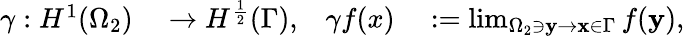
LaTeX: \begin{array}{rlrl}{\gamma:H^{1}(\Omega_{2})}&{{}\rightarrow H^{\frac{1}{2}}(\Gamma),}&{\gamma f(x)}&{{}:=\operatorname*{lim}_{\Omega_{2}\ni\mathbf{y}\rightarrow\mathbf{x}\in\Gamma}f(\mathbf{y}),}\end{array}